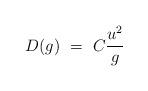
LaTeX: \begin{align*} D(g) \ = \ C \frac{u^2}{g}\end{align*}